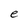
Character: e